Lunatic asylums Punjab 1868-1880 - 1868-1880
Year: 1868
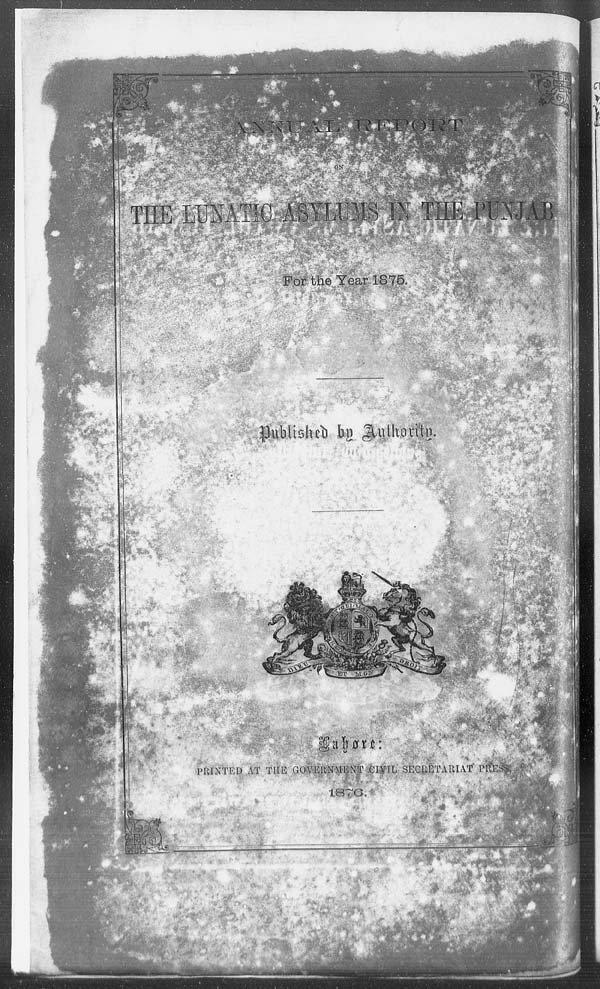
ANNUAL REPORT
ON
THE LUNATIC ASYLUMS IN THE PUNJAB
For the Year 1875.
Published by Authority.
Lahore:
PRINTED AT THE GOVERNMENT CIVIL SECRETARIAT PRESS
1876.